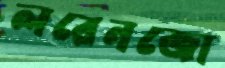
লরেনজো